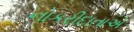
નોકરીદાતાએ